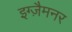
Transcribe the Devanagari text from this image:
इग्ज़ैमनर